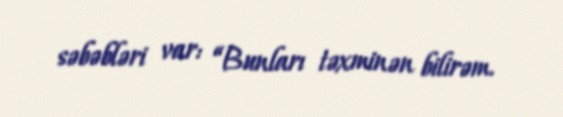
səbəbləri var: “Bunları təxminən bilirəm.